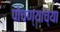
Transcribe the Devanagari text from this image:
पोचण्याच्या